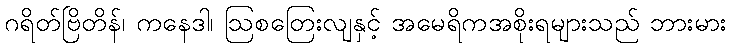
ဂရိတ်ဗြိတိန်၊ ကနေဒါ၊ ဩစတြေးလျနှင့် အမေရိကအစိုးရများသည် ဘားမား